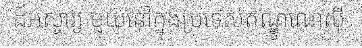
ដ៍អស្ចារ្យ មួយនៅក្នុងប្រទេសឥណ្ឌូណេស៊ី